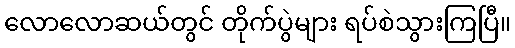
လောလောဆယ်တွင် တိုက်ပွဲများ ရပ်စဲသွားကြပြီ။